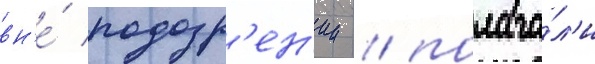
вн'е́ подозр'ен'ии / полага́л'и